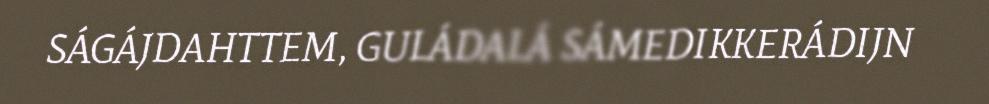
SÁGÁJDAHTTEM, GULÁDALÁ SÁMEDIKKERÁDIJN